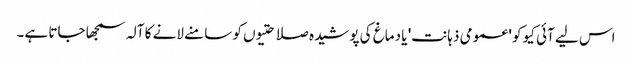
اس لیے آئی کیو کو 'عمومی ذہانت' یا دماغ کی پوشیدہ صلاحتیوں کو سامنے لانے کا آلہ سمجھا جاتا ہے۔